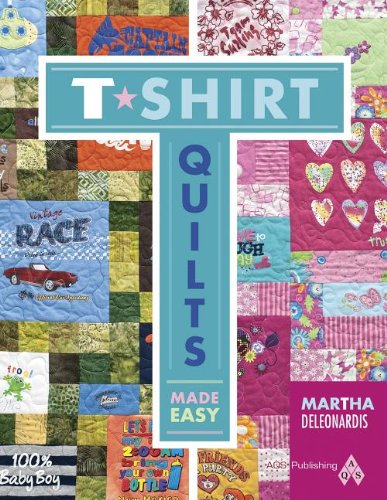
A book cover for T-Shirt Quilts Made Easy; DeLeonardis; Crafts, Hobbies & Home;